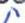
i\